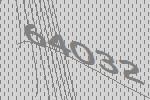
64032